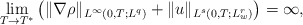
\begin{align*}\underset{T \rightarrow T^*}{\lim}\left(\|\nabla \rho\|_{L^\infty(0,T;L^q)} +\|u\|_{L^{s}(0,T;L_w^{r})}\right)=\infty,\end{align*}